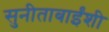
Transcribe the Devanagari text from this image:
सुनीताबाईंशी